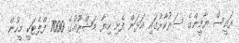
ރައީސް ޔާމީންގެ ސަރުކާރުގައި އަޅަން ފެށި ހިޔާ މަޝްރޫއުގެ 7000 ފްލެޓަކީ މީހުން